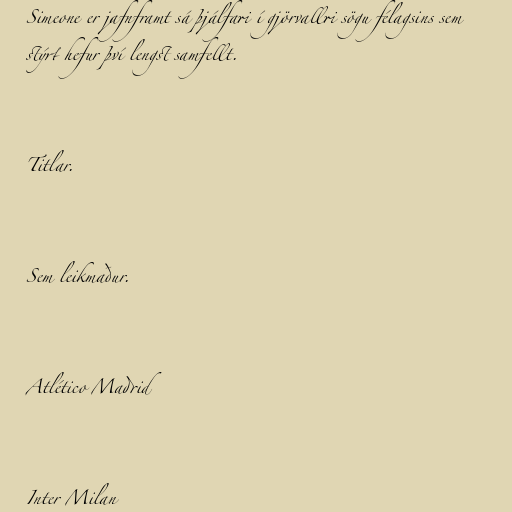
Simeone er jafnframt sá þjálfari í gjörvallri sögu félagsins sem
stýrt hefur því lengst samfellt.

Titlar.

Sem leikmaður.

Atlético Madrid

Inter Milan